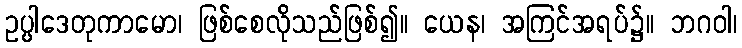
ဥပ္ပါဒေတုကာမော၊ ဖြစ်စေလိုသည်ဖြစ်၍။ ယေန၊ အကြင်အရပ်၌။ ဘဂဝါ၊